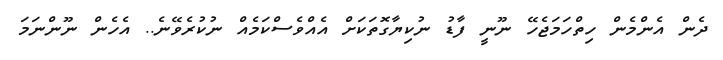
ދެން އެންމެން ހިތްހަމަޖެހޭ ނޫނީ ފާޑު ނުކިޔާގޮތަކަށް އެއްވެސްކަމެއް ނުކުރެވޭނެ.. އެހެން ނޫންނަމަ